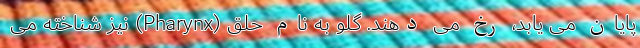
پایان می یابد، رخ می دهند. گلو به نام حلق (Pharynx) نیز شناخته می